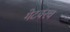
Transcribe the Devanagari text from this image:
गेटवरच